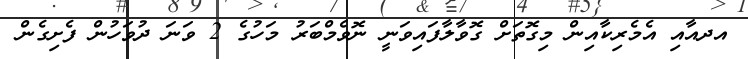
އދއާއި އެމެރިކާއިން މިގޮތަށް ގޮވާލާފައިވަނީ ނޮވެމްބަރު މަހުގެ 2 ވަނަ ދުވަހުން ފެށިގެން